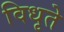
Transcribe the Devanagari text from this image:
विधृते